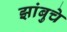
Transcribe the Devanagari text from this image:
झांबुचे